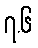
၇.၆